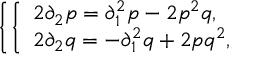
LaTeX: \left\{ \left\{ \begin{array} { l l } { { 2 \partial _ { 2 } p = \partial _ { 1 } ^ { 2 } p - 2 p ^ { 2 } q , } } \\ { { 2 \partial _ { 2 } q = - \partial _ { 1 } ^ { 2 } q + 2 p q ^ { 2 } , } } \end{array} \right. \right.